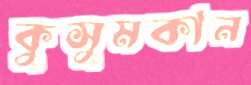
কুসুমকান